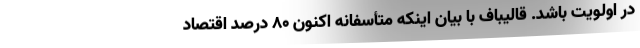
در اولویت باشد. قالیباف با بیان اینکه متأسفانه اکنون 80 درصد اقتصاد